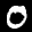
Label: 0